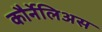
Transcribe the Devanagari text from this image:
कौर्नेलिअस